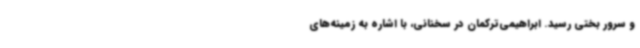
و سرور بختی رسید. ابراهیمی‌ترکمان در سخنانی، با اشاره به زمینه‌های